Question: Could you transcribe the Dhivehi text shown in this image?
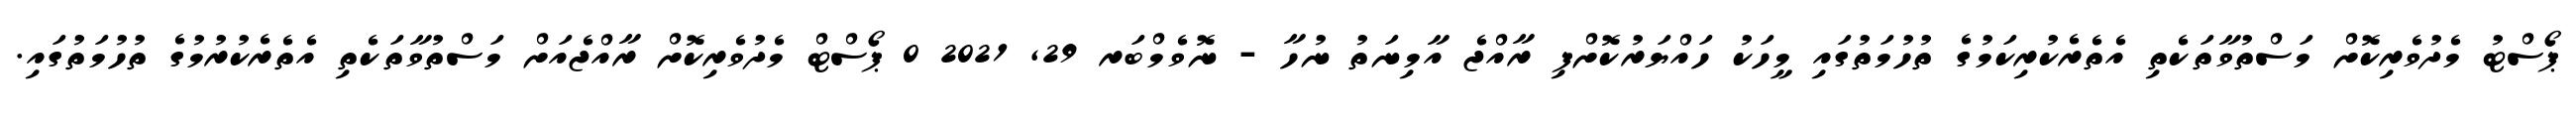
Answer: ޕޯސްޓު މެދުވެރިކޮށް މަސްތުވާތަކެތި އެތެރެކުރިކަމުގެ ތުހުމަތުގައި މީހަކު ހައްޔަރުކޮށްފި ރާއްޖެ އާމިނަތު ނުހާ - ނޮވެމްބަރ 29, 2021 0 ޕޯސްޓް މެދުވެރިކޮށް ރާއްޖެއަށް މަސްތުވާތަކެތި އެތެރެކުރުމުގެ ތުހުމަތުގައި.